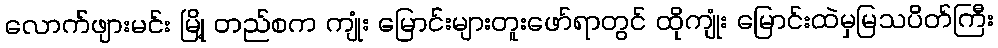
လောက်ဖျားမင်း မြို့ တည်စက ကျုံး မြောင်းများတူးဖော်ရာတွင် ထိုကျုံး မြောင်းထဲမှမြသပိတ်ကြီး